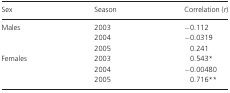
<table><thead><tr><td><b>Sex</b></td><td><b>Season</b></td><td><b>Correlation (<i>r</i>)</b></td></tr></thead><tbody><tr><td rowspan="3">Males</td><td>2003</td><td>−0.112</td></tr><tr><td>2004</td><td>−0.0319</td></tr><tr><td>2005</td><td>0.241</td></tr><tr><td rowspan="3">Females</td><td>2003</td><td>0.543*</td></tr><tr><td>2004</td><td>−0.00480</td></tr><tr><td>2005</td><td>0.716**</td></tr></tbody></table>